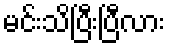
မင်းသိပြီးပြီလား